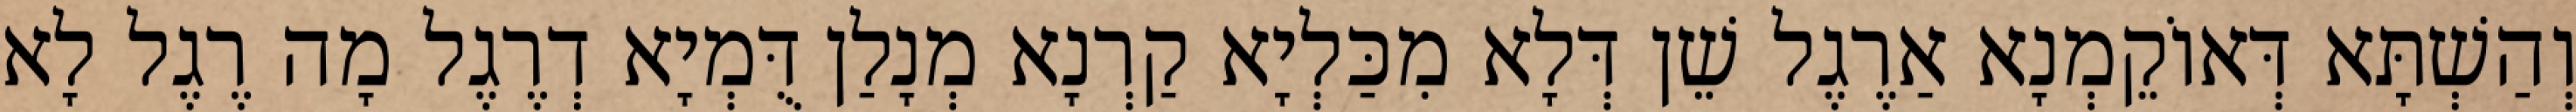
וְהַשְׁתָּא דְּאוֹקֵמְנָא אַרֶגֶל שֵׁן דְּלָא מִכַּלְיָא קַרְנָא מְנָלַן דֻּמְיָא דְרֶגֶל מָה רֶגֶל לָא